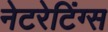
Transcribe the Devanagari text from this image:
नेटरेटिंग्स